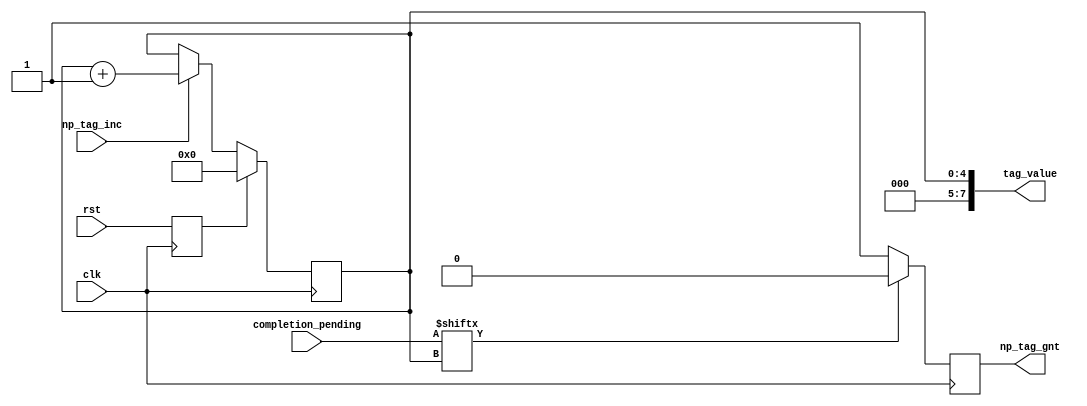
module tag_generator(
    input clk,
    input rst,
    output reg np_tag_gnt,
    input np_tag_inc,
    output [7:0] tag_value,
    input [31:0] completion_pending);


reg   rst_reg;
reg [4:0] tag_value_i;
always@(posedge clk) rst_reg <= rst;

//check to see if the tag is already in use
//assert the grant signal if it is not
always@(posedge clk)begin
  if(completion_pending[tag_value_i[4:0]])
     np_tag_gnt <= 1'b0;
  else
     np_tag_gnt <= 1'b1;
end


assign tag_value[7:0] = {3'b000,tag_value_i[4:0]};
  
//tag generator is simply a counter with enable
  always@(posedge clk)begin   
    if(rst_reg)begin
       tag_value_i[4:0] <= 5'b00000;
    end else if(np_tag_inc)begin
       tag_value_i <= tag_value_i + 1;
    end
  end

  
endmodule